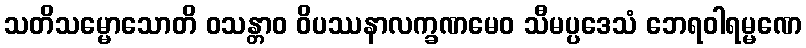
သတိသမ္မောသောတိ ဝသန္တာဝ ဝိပဿနာလက္ခဏမေဝ သီမပ္ပဒေသံ ဘေရဝါရမ္မဏေ